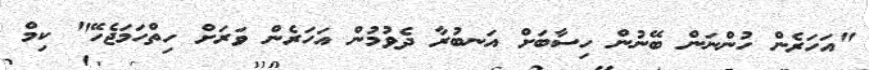
"އަހަރެން ހުންނަން ބޭނުން ހިސާބަށް އަނބުރާ ދެވުމުން އަހަރެން ވަރަށް ހިތްހަމަޖެހޭ" ކިމް